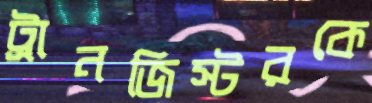
ট্রানজিস্টরকে